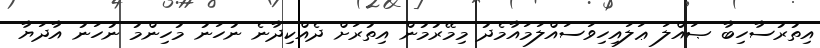
އިތުރުސާހިބާ ޞައްލަ ޢަލައިހިވަސައްލަމައާމެދު މިމޭރުމުން އިތުރަށް ދެއްކިދާނެ ނުހަނު މުހިންމު ނުހަނު އާދަޔާ